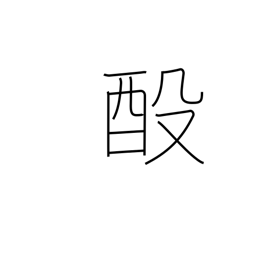
Meaning: rebrew